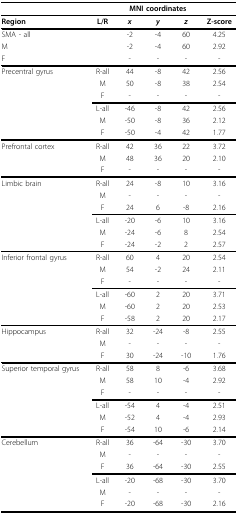
<table><thead><tr><td></td><td></td><td colspan="3"><b>MNI coordinates</b></td><td></td></tr></thead><tbody><tr><td><b>Region</b></td><td><b>L/R</b></td><td><i><b>x</b></i></td><td><i><b>y</b></i></td><td><i><b>z</b></i></td><td><b>Z-score</b></td></tr><tr><td>SMA - all</td><td></td><td>-2</td><td>-4</td><td>60</td><td>4.25</td></tr><tr><td>M</td><td></td><td>-2</td><td>-4</td><td>60</td><td>2.92</td></tr><tr><td>F</td><td></td><td>-</td><td>-</td><td>-</td><td>-</td></tr><tr><td>Precentral gyrus</td><td>R-all</td><td>44</td><td>-8</td><td>42</td><td>2.56</td></tr><tr><td></td><td>M</td><td>50</td><td>-8</td><td>38</td><td>2.54</td></tr><tr><td></td><td>F</td><td>-</td><td>-</td><td>-</td><td>-</td></tr><tr><td></td><td>L-all</td><td>-46</td><td>-8</td><td>42</td><td>2.56</td></tr><tr><td></td><td>M</td><td>-50</td><td>-8</td><td>36</td><td>2.12</td></tr><tr><td></td><td>F</td><td>-50</td><td>-4</td><td>42</td><td>1.77</td></tr><tr><td>Prefrontal cortex</td><td>R-all</td><td>42</td><td>36</td><td>22</td><td>3.72</td></tr><tr><td></td><td>M</td><td>48</td><td>36</td><td>20</td><td>2.10</td></tr><tr><td></td><td>F</td><td>-</td><td>-</td><td>-</td><td>-</td></tr><tr><td>Limbic brain</td><td>R-all</td><td>24</td><td>-8</td><td>10</td><td>3.16</td></tr><tr><td></td><td>M</td><td>-</td><td>-</td><td>-</td><td>-</td></tr><tr><td></td><td>F</td><td>24</td><td>6</td><td>-8</td><td>2.16</td></tr><tr><td></td><td>L-all</td><td>-20</td><td>-6</td><td>10</td><td>3.16</td></tr><tr><td></td><td>M</td><td>-24</td><td>-6</td><td>8</td><td>2.54</td></tr><tr><td></td><td>F</td><td>-24</td><td>-2</td><td>2</td><td>2.57</td></tr><tr><td>Inferior frontal gyrus</td><td>R-all</td><td>60</td><td>4</td><td>20</td><td>2.54</td></tr><tr><td></td><td>M</td><td>54</td><td>-2</td><td>24</td><td>2.11</td></tr><tr><td></td><td>F</td><td>-</td><td>-</td><td>-</td><td>-</td></tr><tr><td></td><td>L-all</td><td>-60</td><td>2</td><td>20</td><td>3.71</td></tr><tr><td></td><td>M</td><td>-60</td><td>2</td><td>20</td><td>2.53</td></tr><tr><td></td><td>F</td><td>-58</td><td>2</td><td>20</td><td>2.17</td></tr><tr><td>Hippocampus</td><td>R-all</td><td>32</td><td>-24</td><td>-8</td><td>2.55</td></tr><tr><td></td><td>M</td><td>-</td><td>-</td><td>-</td><td>-</td></tr><tr><td></td><td>F</td><td>30</td><td>-24</td><td>-10</td><td>1.76</td></tr><tr><td>Superior temporal gyrus</td><td>R-all</td><td>58</td><td>8</td><td>-6</td><td>3.68</td></tr><tr><td></td><td>M</td><td>58</td><td>10</td><td>-4</td><td>2.92</td></tr><tr><td></td><td>F</td><td>-</td><td>-</td><td>-</td><td>-</td></tr><tr><td></td><td>L-all</td><td>-54</td><td>4</td><td>-4</td><td>2.51</td></tr><tr><td></td><td>M</td><td>-52</td><td>4</td><td>-4</td><td>2.93</td></tr><tr><td></td><td>F</td><td>-54</td><td>10</td><td>-6</td><td>2.14</td></tr><tr><td>Cerebellum</td><td>R-all</td><td>36</td><td>-64</td><td>-30</td><td>3.70</td></tr><tr><td></td><td>M</td><td>-</td><td>-</td><td>-</td><td>-</td></tr><tr><td></td><td>F</td><td>36</td><td>-64</td><td>-30</td><td>2.55</td></tr><tr><td></td><td>L-all</td><td>-20</td><td>-68</td><td>-30</td><td>3.70</td></tr><tr><td></td><td>M</td><td>-</td><td>-</td><td>-</td><td>-</td></tr><tr><td></td><td>F</td><td>-20</td><td>-68</td><td>-30</td><td>2.16</td></tr></tbody></table>